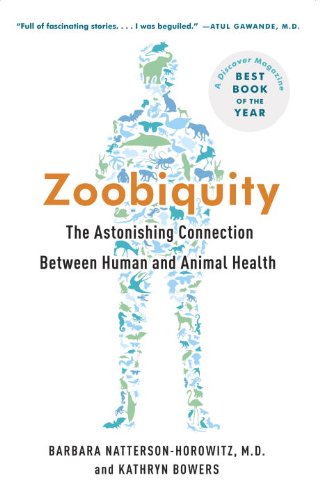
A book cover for Zoobiquity: The Astonishing Connection Between Human and Animal Health; Barbara Natterson-Horowitz; Science & Math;